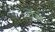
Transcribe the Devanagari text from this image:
ऐंसे